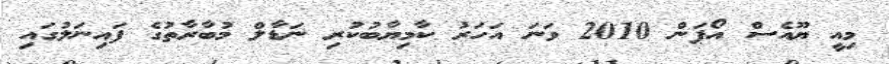
މިއީ ޔޫއެސް އޯޕަން 2010 ވަނަ އަހަރު ކާމިޔާބުކުރި ނަޑާލް މުބާރާތުގެ ފައިނަލުގައި